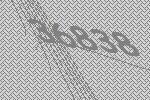
36838